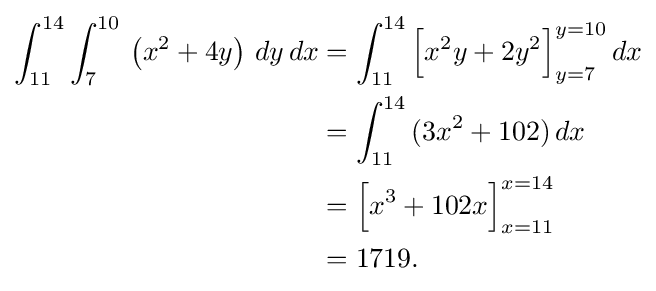
{\begin{aligned}\int _{11}^{14}\int _{7}^{10}\,\left(x^{2}+4y\right)\,dy\,dx&=\int _{11}^{14}{\Big [}x^{2}y+2y^{2}{\Big ]}_{y=7}^{y=10}\,dx\\&=\int _{11}^{14}\,(3x^{2}+102)\,dx\\&={\Big [}x^{3}+102x{\Big ]}_{x=11}^{x=14}\\&=1719.\end{aligned}}